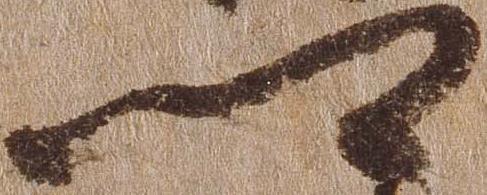
郷